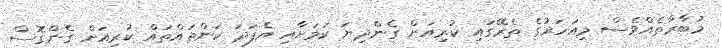
މުބާރާތެއްވެސް މިއަހަރުގެ ތެރޭގައި ކުރިއަށް ގެންދިޔަ ކަމަށާއި އެފަދަ ކަންތައްތައް ކުރިއަށް ގެންގޮސް